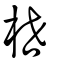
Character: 枻